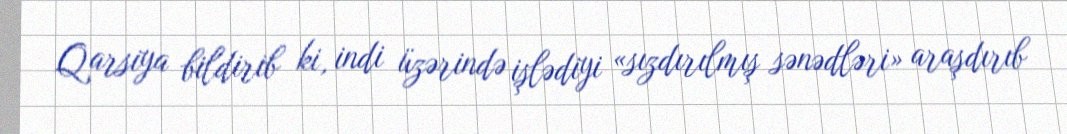
Qarsiya bildirib ki, indi üzərində işlədiyi «sızdırılmış sənədləri» araşdırıb